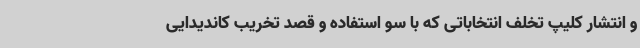
و انتشار کلیپ تخلف انتخاباتی که با سو استفاده و قصد تخریب کاندیدایی